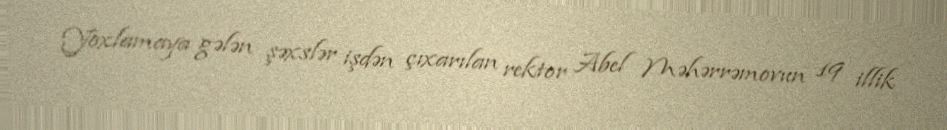
Yoxlamaya gələn şəxslər işdən çıxarılan rektor Abel Məhərrəmovun 19 illik